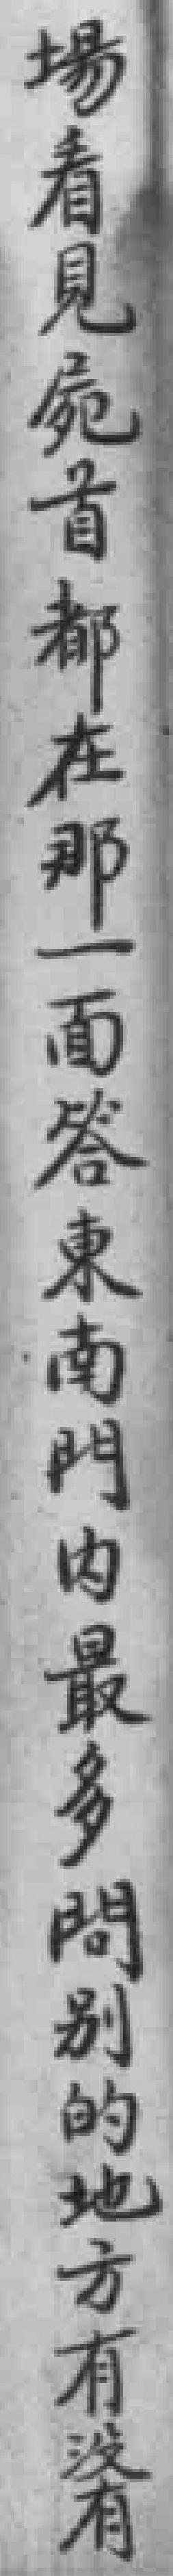
場看見屍首都在那一面答東南門内最多問別的地方有沒有